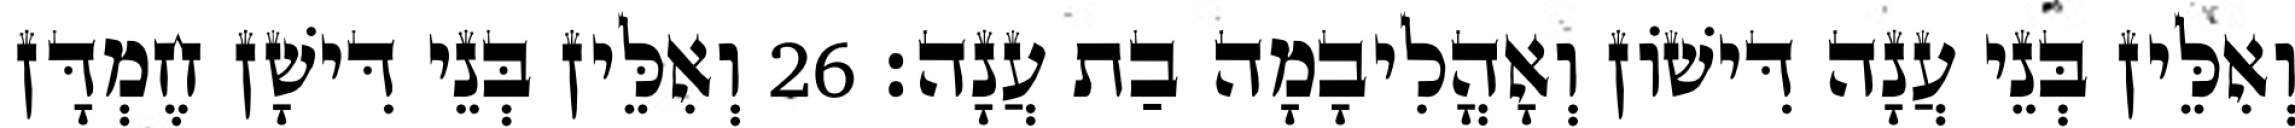
וְאִלֵּין בְּנֵי עֲנָה דִּישׁוֹן וְאָהֳלִיבָמָה בַת עֲנָה׃ 26 וְאִלֵּין בְּנֵי דִּישָׁן חֶמְדָּן